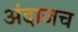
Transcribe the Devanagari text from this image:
अंदाजच